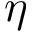
\eta